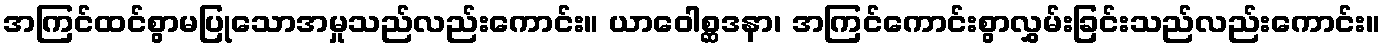
အကြင်ထင်စွာမပြုသောအမှုသည်လည်းကောင်း။ ယာဝေါစ္ဆဒနာ၊ အကြင်ကောင်းစွာလွှမ်းခြင်းသည်လည်းကောင်း။